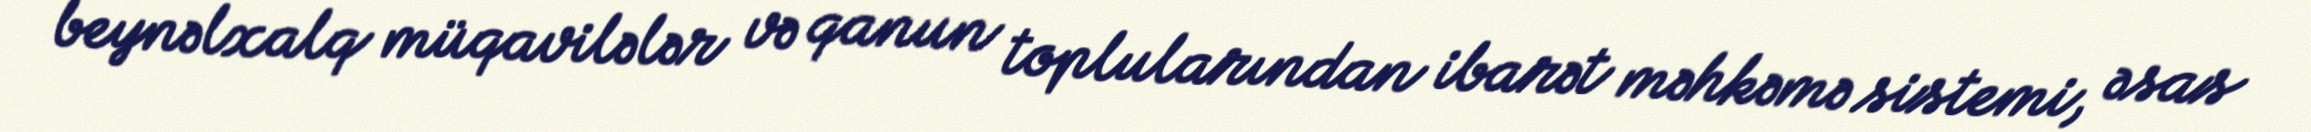
beynəlxalq müqavilələr və qanun toplularından ibarət məhkəmə sistemi, əsas